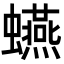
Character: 𧔦